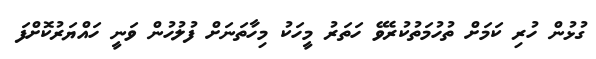
ގުޅުން ހުރި ކަމަށް ތުހުމަތުކުރެވޭ ހަތަރު މީހަކު މިހާތަނަށް ފުލުހުން ވަނީ ހައްޔަރުކޮށްފަ